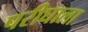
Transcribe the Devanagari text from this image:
परीघाला